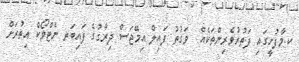
ކ.މާފުށީގައި ފަތުރުވެރިންތަކެއް  ވަގުތު ފައިލް އިމޭޖަސް ދިރާގުގެ ފައިބަރ ނެޓްވޯކް އިތުރަށް